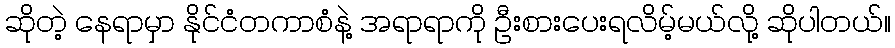
ဆိုတဲ့ နေရာမှာ နိုင်ငံတကာစံနဲ့ အရာရာကို ဦးစားပေးရလိမ့်မယ်လို့ ဆိုပါတယ်။